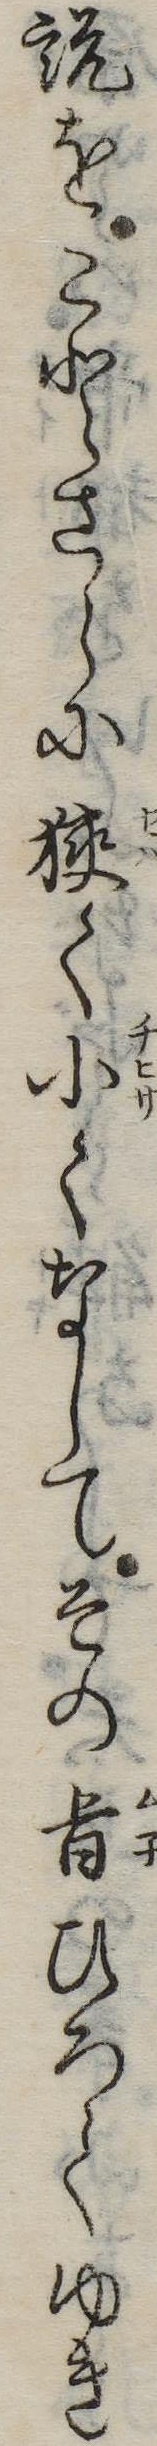
説をことさらに狭く小くなしてその旨ひろくゆき